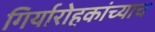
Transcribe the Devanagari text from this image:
गिर्यारोहकांच्याच